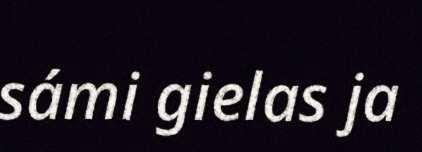
sámi gielas ja